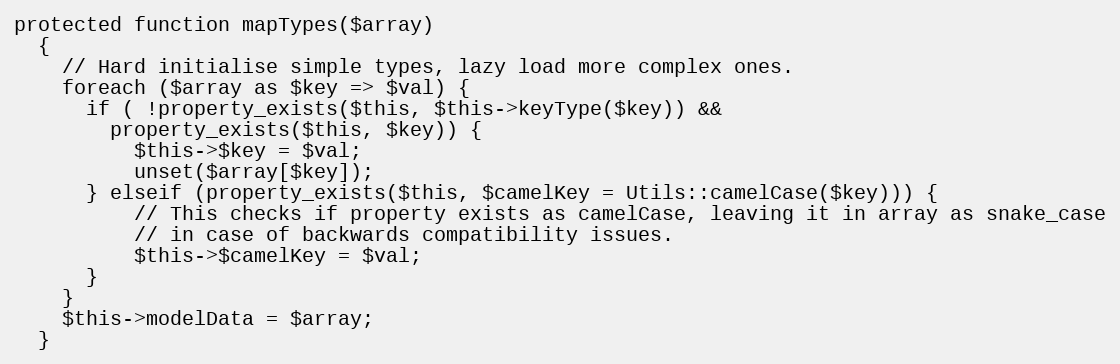
Language: PHP
protected function mapTypes($array)
  {
    // Hard initialise simple types, lazy load more complex ones.
    foreach ($array as $key => $val) {
      if ( !property_exists($this, $this->keyType($key)) &&
        property_exists($this, $key)) {
          $this->$key = $val;
          unset($array[$key]);
      } elseif (property_exists($this, $camelKey = Utils::camelCase($key))) {
          // This checks if property exists as camelCase, leaving it in array as snake_case
          // in case of backwards compatibility issues.
          $this->$camelKey = $val;
      }
    }
    $this->modelData = $array;
  }